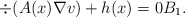
\begin{align*}\div(A(x) \nabla v) + h(x) = 0 B_1.\end{align*}